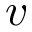
v